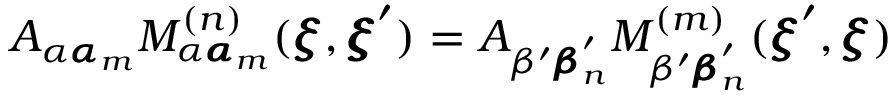
A _ { \alpha { \pmb \alpha } _ { m } } M _ { \alpha { \pmb \alpha } _ { m } } ^ { ( n ) } ( { \pmb \xi } , { \pmb \xi } ^ { \prime } ) = A _ { \beta ^ { \prime } { \pmb \beta } _ { n } ^ { \prime } } M _ { \beta ^ { \prime } { \pmb \beta } _ { n } ^ { \prime } } ^ { ( m ) } ( { \pmb \xi } ^ { \prime } , { \pmb \xi } )